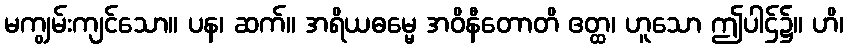
မကျွမ်းကျင်သော။ ပန၊ ဆက်။ အရိယဓမ္မေ အဝိနီတောတိ ဧတ္ထ၊ ဟူသော ဤပါဌ်၌။ ဟိ၊